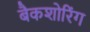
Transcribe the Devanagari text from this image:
बैकशोरिंग